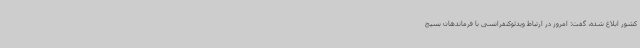
کشور ابلاغ شده، گفت: امروز در ارتباط ویدئوکنفرانسی با فرماندهان بسیج